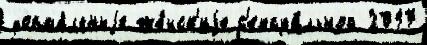
форма́льныjе же́нск'иjе с'ексуа́льной 2017